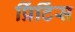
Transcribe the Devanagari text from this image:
प्रिंटिंस